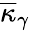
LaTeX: \overline{{\kappa}}_{\gamma}